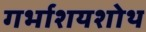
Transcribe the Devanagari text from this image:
गर्भाशयशोथ